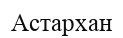
Астархан